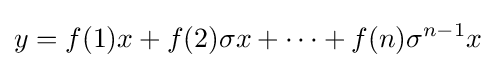
y=f(1)x+f(2)\sigma x+\cdots +f(n)\sigma ^{n-1}x